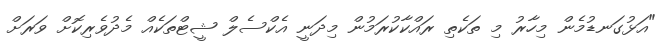
"އަޅުގަނޑުމެން މިހާރު މި ތަކެތި ރައްކާކުރަމުން މިދަނީ އެކްސެލް ޝީޓްތަކެއް މެދުވެރިކޮށް ވަރަށް